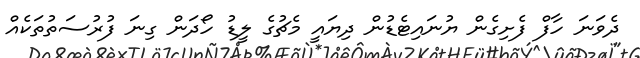
ދެވަނަ ހާފް ފެށިގެން ޔުނައިޓެޑުން ދިޔައީ މެޗުގެ ލީޑު ހޯދަން ގިނަ ފުރުސަތުތަކެއް